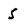
Character: 5